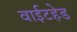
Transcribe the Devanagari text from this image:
वाईटहेड